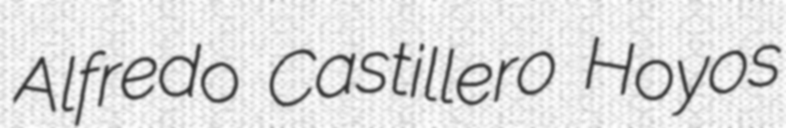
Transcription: Alfredo Castillero Hoyos